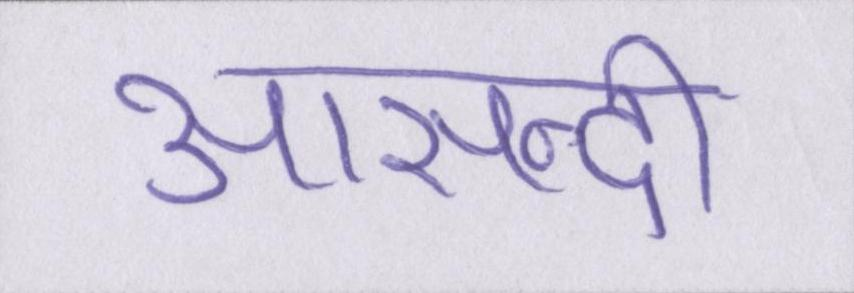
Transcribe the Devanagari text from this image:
आसन्दी